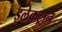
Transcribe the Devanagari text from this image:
इलेकट्रान